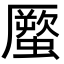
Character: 蟨